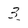
Character: 3